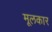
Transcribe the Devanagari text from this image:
मूलकार